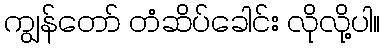
ကျွန်တော် တံဆိပ်ခေါင်း လိုလို့ပါ။